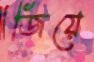
জিয়ে